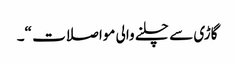
گاڑی سے چلنے والی مواصلات “۔